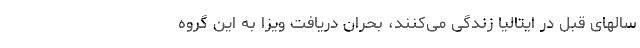
سالهای قبل در ایتالیا زندگی می‌کنند، بحران دریافت ویزا به این گروه